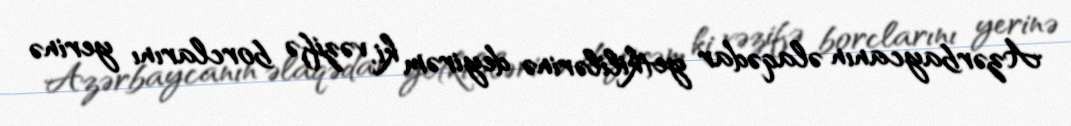
Azərbaycanın əlaqədar yetkililərinə deyirəm ki, vəzifə borclarını yerinə